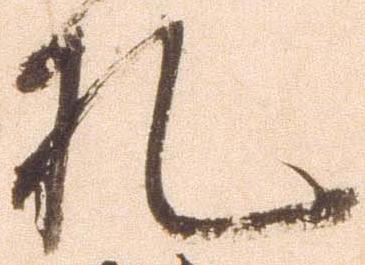
札